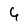
Character: 4